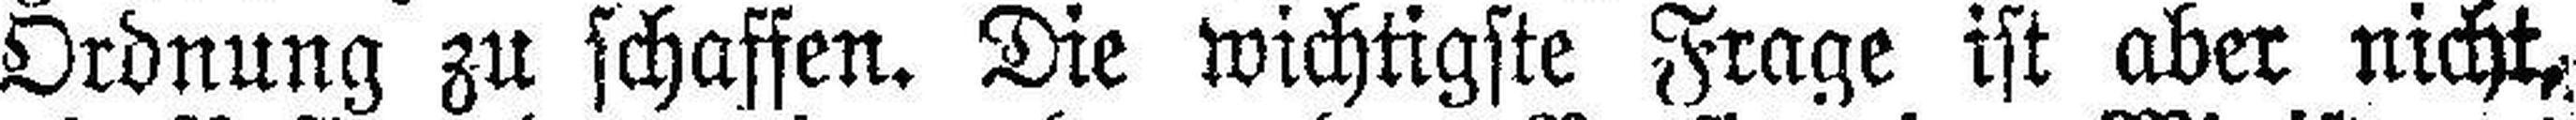
Ordnung zu schaffen. Die wichtigste Frage ist aber nicht,